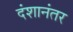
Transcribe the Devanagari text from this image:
दंशानंतर